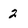
Character: 2